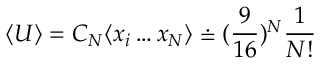
\langle U \rangle = C _ { N } \langle x _ { i } \dots x _ { N } \rangle \doteq ( \frac { 9 } { 1 6 } ) ^ { N } \frac { 1 } { N ! }